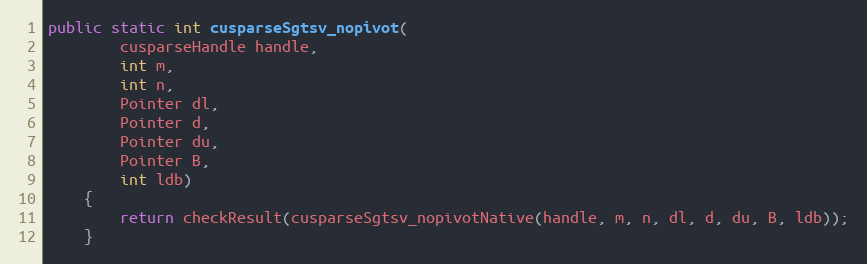
Language: Java
public static int cusparseSgtsv_nopivot(
        cusparseHandle handle,
        int m,
        int n,
        Pointer dl,
        Pointer d,
        Pointer du,
        Pointer B,
        int ldb)
    {
        return checkResult(cusparseSgtsv_nopivotNative(handle, m, n, dl, d, du, B, ldb));
    }